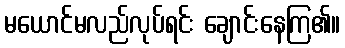
မယောင်မလည်လုပ်ရင်း ချောင်းနေကြ၏။